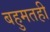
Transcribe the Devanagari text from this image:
बहुमतही